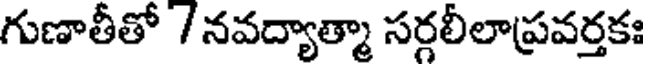
గుణాతీతో / నవద్యాత్మా సర్గలీలాప్రవర్తకః